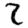
Digit: 2